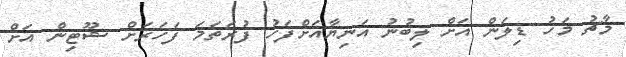
މާޗު މަހު ޑިލަން އަށް ލިބުނު އަނިޔާއަށްފަހު ފުރަތަމަ ފަހަރަށް ޝޫޓިން އަށް